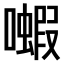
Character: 𫬗